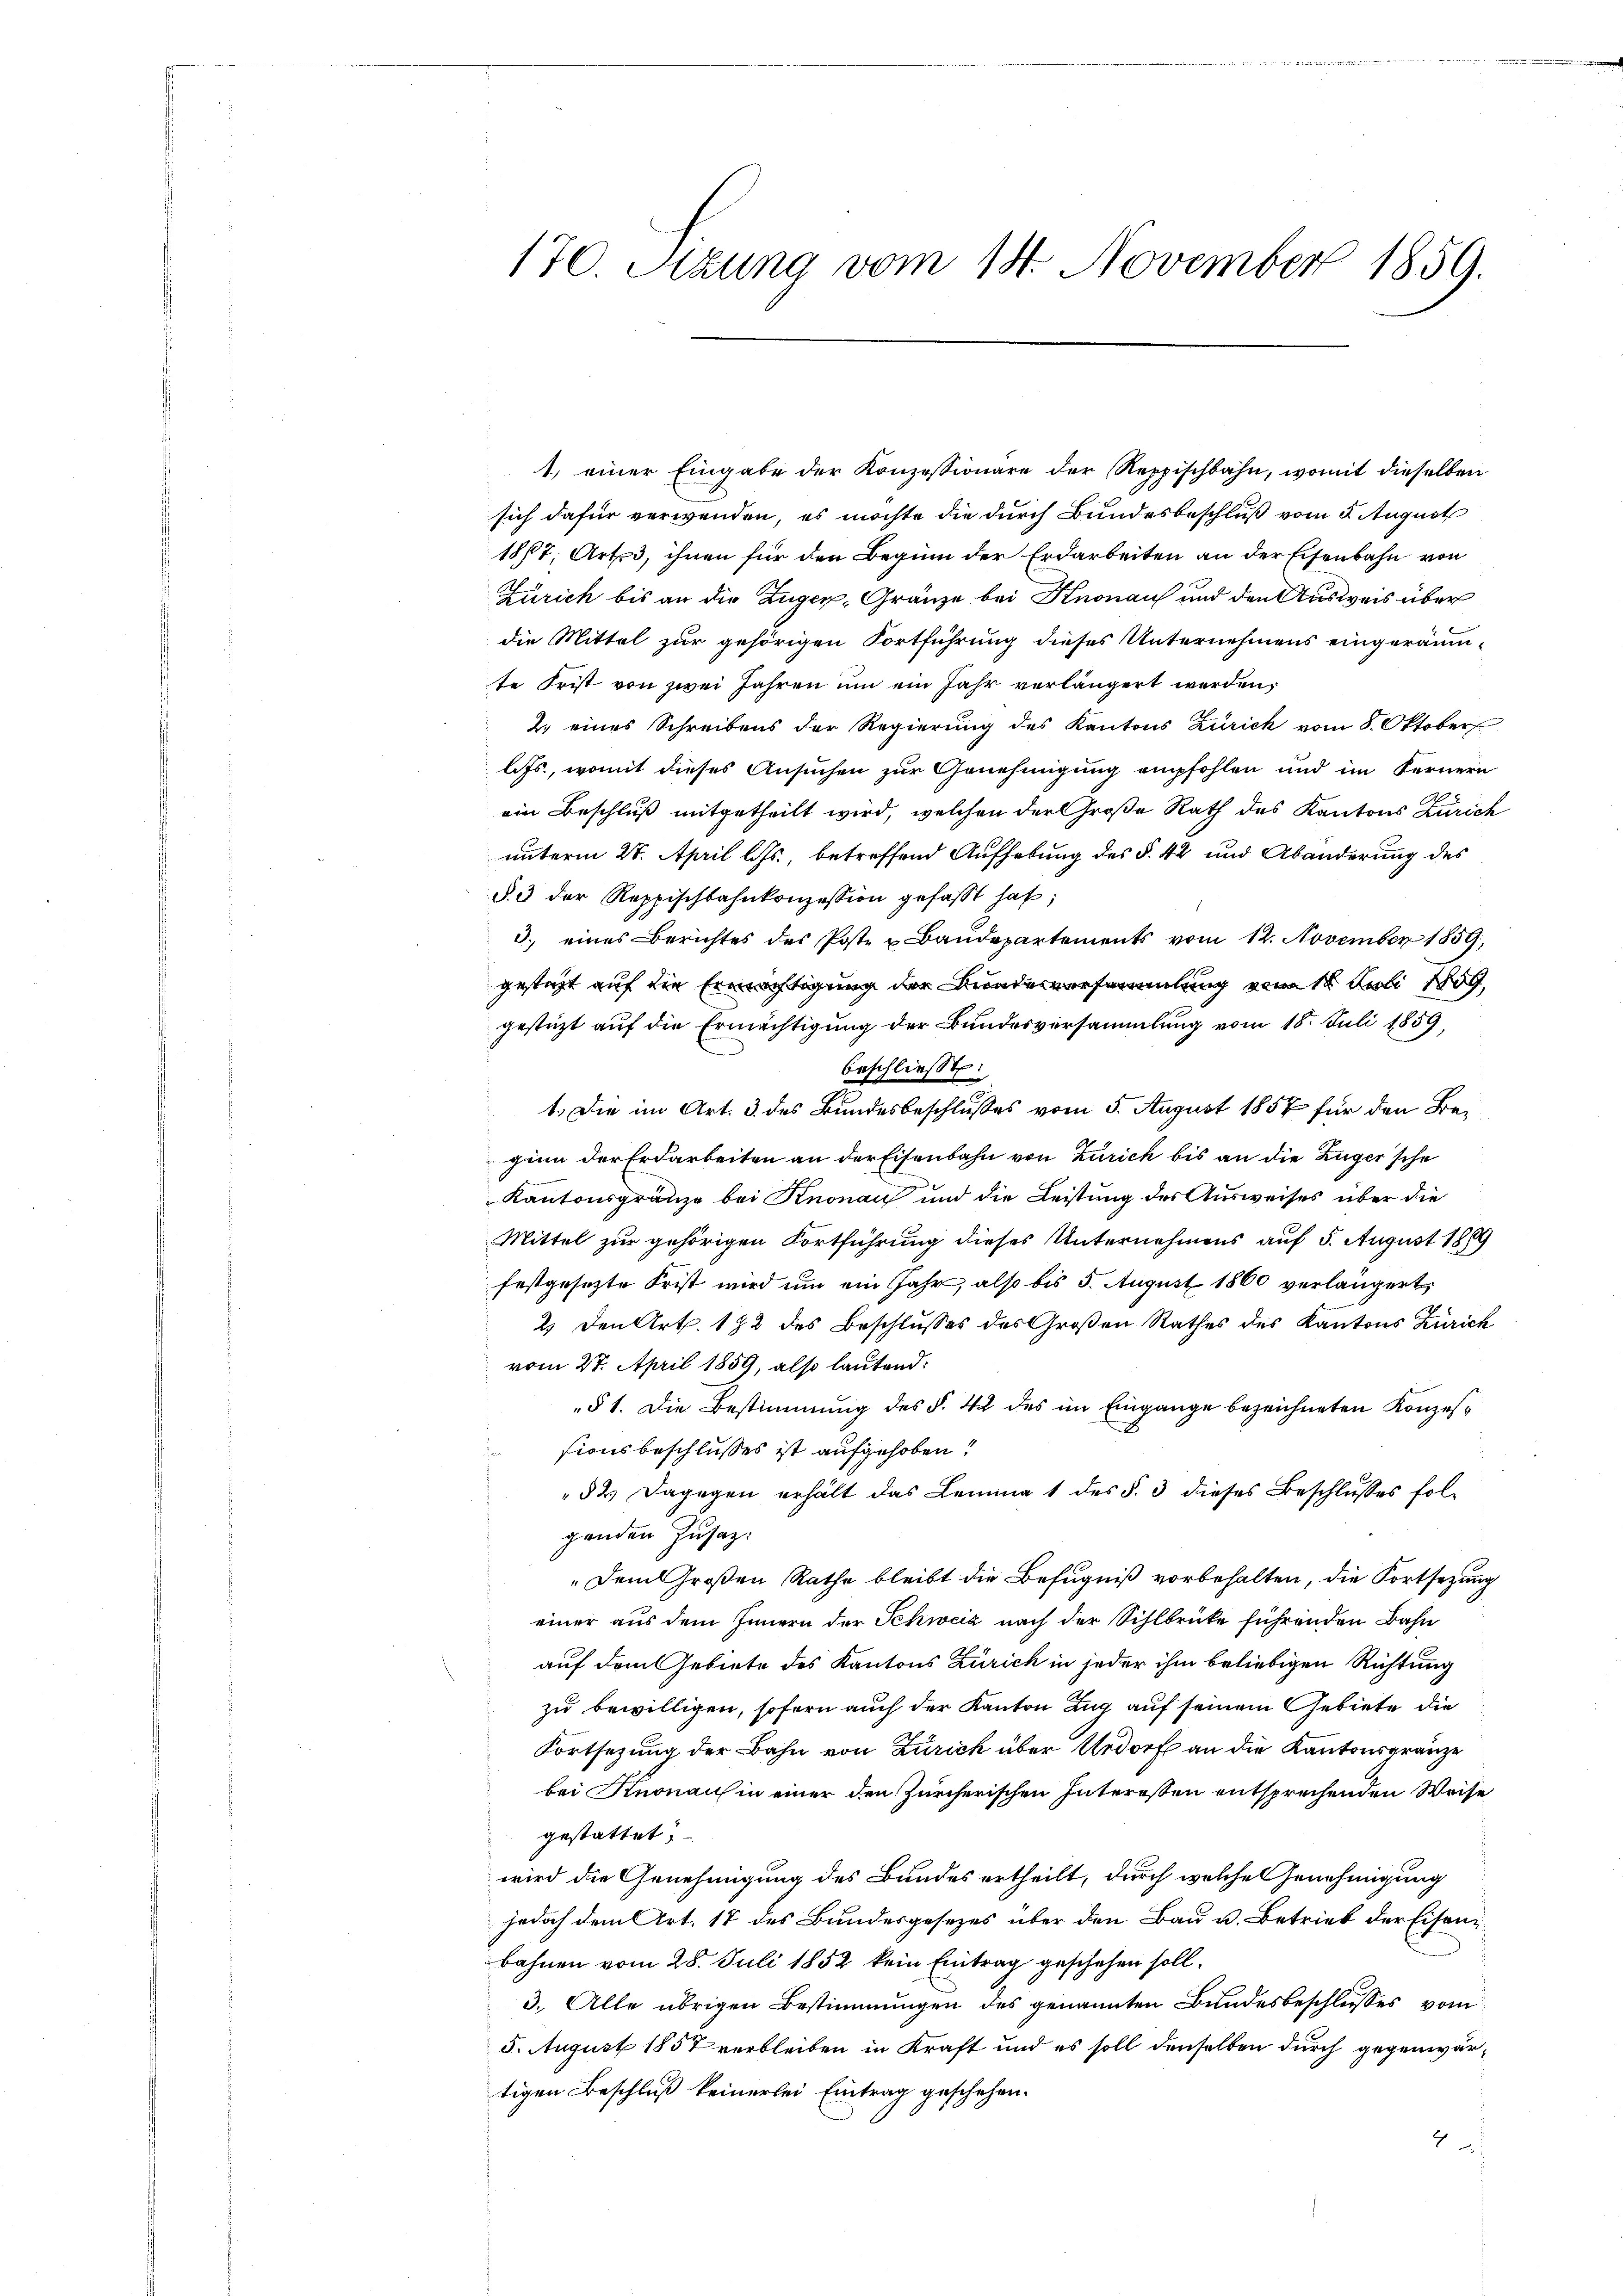
1.) einer Eingabe der Konzessionäre der Reppischbahn, womit dieselben
sich dafür verwenden, es möchte die durch Bundesbeschluß vom 5. August
1877, Art. 3, ihnen für den Beginn der Erdarbeiten an der Eisenbahn von
Zürich bis an die Züger-Gränze bei Knonau und den Ausweis über
die Mittel zur gehörigen Fortführung dieses Unternehmens eingeräumte Frist von zwei Jahren um ein Jahr verlängert werden,
2. eines Schreibens der Regierŭng des Kantons Zürich vom 8. Oktober
lits, womit dieses Ansuchen zur Genehmigung empfohlen und im Fernern
ein Beschluß mitgetheilt wird, welchen der Große Rath des Kantons Zürich
unterm 27. April l. Js., betreffend Aufhebung des §. 42 und Abänderung des
§. 3 der Reppischbahnkonzession gefasst hat;
3. eines Berichtes des Poste u Baudepartements vom 12. November 1859,
gesteht auf die Ermächtigung der Bundesversammlung vom 18. Juli 1809,
gestüzt auf die Ermächtigung der Bundesversammlung vom 18. Juli 1859,
beschließt:
1. Die im Art. 3 des Bundesbeschlusses vom 5. August 1857 für den Beginn der Erdarbeiten an der Eisenbahn von Zürich bis an die Zuger'sche
Kantonsgränze bei Knonau und die Leistung der Ausweises über die
Mittel zur gehörigen Fortführung dieses Unternehmens auf 5. August 1869
festgesetzte Frist wird um ein Jahr, also bis 5. August 1860 verlängert
2.) Den Art. 182 des Beschlusses des Großen Rathes des Kantons Zürich
vom 27. April 1859, also lautend:
§ 1. Die Bestimmung des §. 42 des im Eingange bezeichneten Konzessionsbeschlusses ist aufgehoben!
52. Dagegen erhält das Lemma 1 des §. 3 dieses Beschlusses folgenden Zusatz:
„Dem Großen Rathe bleibt die Befugniß vorbehalten, die Fortsetzung
einer aus dem Innern der Schweiz nach der Sihlbrücke führenden Bahn
auf dem Gebiete des Kantons Zürich in jeder ihm beliebigen Richtung
zu bewilligen, sofern auch der Kanton Zug auf seinem Gebiete die
Fortsetzung der Bahn von Zürich über Urdorf an die Kantonsgränze
bei Knonau in einer den Zürcherischen Interessen entsprechenden Weise
gestattet.
wird die Genehmigung des Bundes ertheilt, durch welche Genehmigung
jedoch dem Art. 17 des Bundesgesezes über den Bau u. Betrieb der Eisenbahnen vom 28. Juli 1852 kein Eintrag geschehen soll.
3. Alle übrigen Bestimmungen des genannten Bundesbeschlusses vom
5. August 1857 verbleiben in Kraft und es soll denselben durch gegenwärtigen Beschluß keinerlei Eintrag geschehen.
2

dinne de

170. Szung vom 14. November 1859.